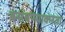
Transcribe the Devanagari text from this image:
बसवण्याकरता